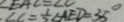
\angle C = \frac { 1 } { 2 } \angle A E D = 3 5 ^ { \circ }